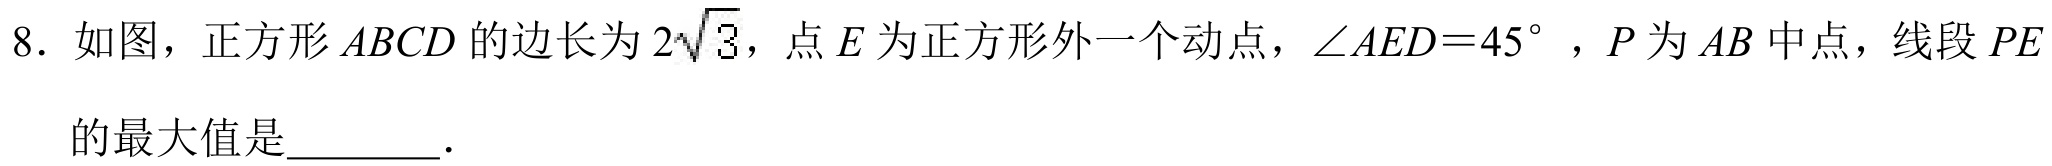
8. 如图，正方形\(ABCD\)的边长为\(2\sqrt{3}\)，点\(E\)为正方形外一个动点，\(\angle AED = 45^{\circ}\)，\(P\)为\(AB\)中点，线段\(PE\)
的最大值是  ．